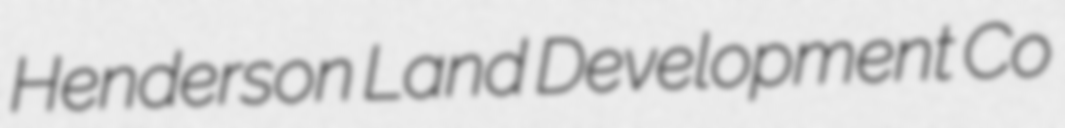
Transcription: Henderson Land Development Co